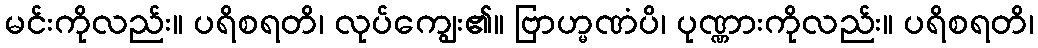
မင်းကိုလည်း။ ပရိစရတိ၊ လုပ်ကျွေး၏။ ဗြာဟ္မဏံပိ၊ ပုဏ္ဏားကိုလည်း။ ပရိစရတိ၊